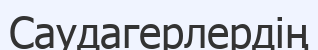
Саудагерлердің